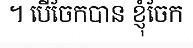
។ បើចែកបាន ខ្ញុំចែក